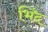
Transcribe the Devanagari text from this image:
भिंद